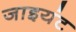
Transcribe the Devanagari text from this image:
जाइयंट